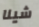
شينا